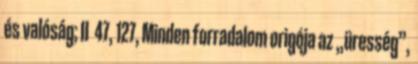
és valóság; II 47, 127, Minden forradalom origója az „üresség”,